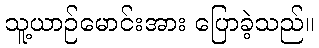
သူ့ယာဉ်မောင်းအား ပြောခဲ့သည်။